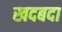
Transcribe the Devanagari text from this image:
खदबदा